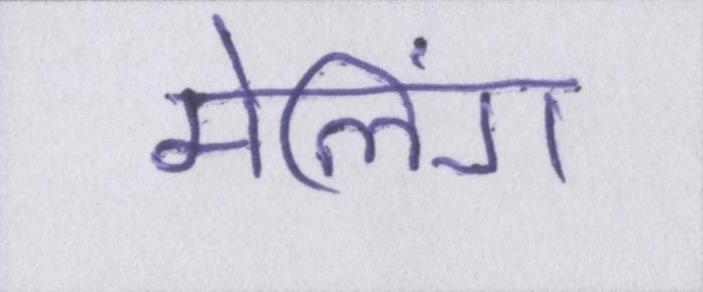
मेलिंग